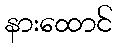
နားထောင်